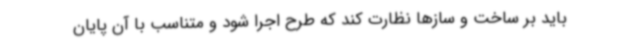
باید بر ساخت و سازها نظارت کند که طرح اجرا شود و متناسب با آن پایان